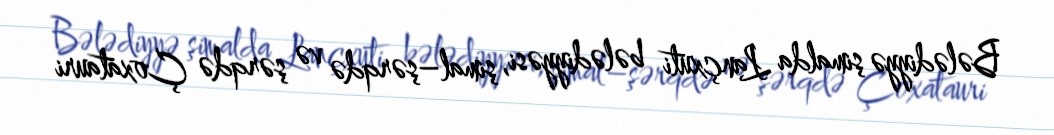
Bələdiyyə şimalda Lançxuti bələdiyyəsi, şimal–şərqdə və şərqdə Çoxatauri